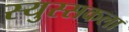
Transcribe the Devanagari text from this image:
स्युस्सकला